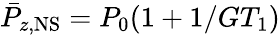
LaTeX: \bar{P}_{z,\mathrm{NS}}=P_{0}(1+1/GT_{1})